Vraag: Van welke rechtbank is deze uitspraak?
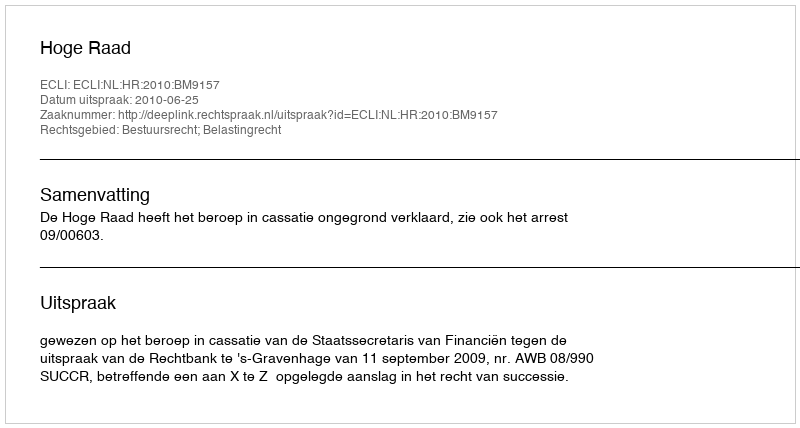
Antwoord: Hoge Raad